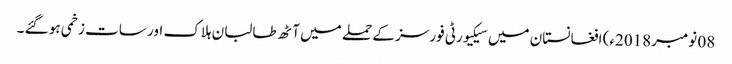
08 نومبر2018ء) افغانستان میں سیکیورٹی فورسز کے حملے میں آٹھ طالبان ہلاک اور سات زخمی ہو گئے ۔